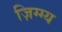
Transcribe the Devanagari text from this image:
ज़िग्ग्य